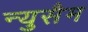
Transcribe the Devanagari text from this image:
न्युसैम